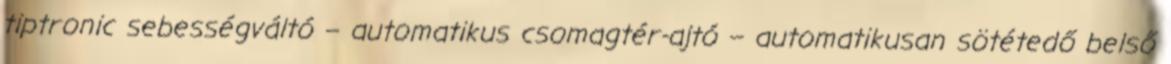
tiptronic sebességváltó – automatikus csomagtér-ajtó – automatikusan sötétedő belső